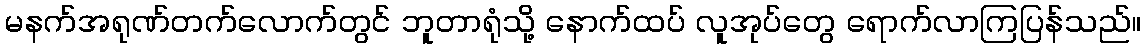
မနက်အရုဏ်တက်လောက်တွင် ဘူတာရုံသို့ နောက်ထပ် လူအုပ်တွေ ရောက်လာကြပြန်သည်။